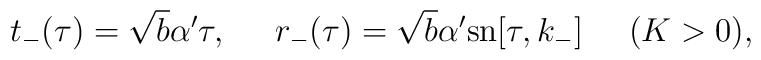
t_-(\tau)=\sqrt{b}\alpha'\tau,\;\;\;\;\;r_-(\tau)=\sqrt{b}\alpha'\mbox{sn}[\tau,k_-]\;\;\;\;\;(K>0),